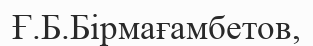
Ғ.Б.Бірмағамбетов,